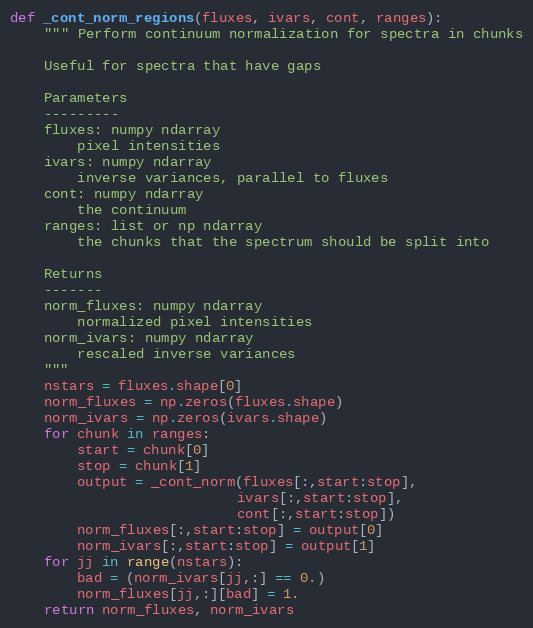
Language: Python
def _cont_norm_regions(fluxes, ivars, cont, ranges):
    """ Perform continuum normalization for spectra in chunks

    Useful for spectra that have gaps

    Parameters
    ---------
    fluxes: numpy ndarray
        pixel intensities
    ivars: numpy ndarray
        inverse variances, parallel to fluxes
    cont: numpy ndarray
        the continuum
    ranges: list or np ndarray
        the chunks that the spectrum should be split into

    Returns
    -------
    norm_fluxes: numpy ndarray
        normalized pixel intensities
    norm_ivars: numpy ndarray
        rescaled inverse variances
    """
    nstars = fluxes.shape[0]
    norm_fluxes = np.zeros(fluxes.shape)
    norm_ivars = np.zeros(ivars.shape)
    for chunk in ranges:
        start = chunk[0]
        stop = chunk[1]
        output = _cont_norm(fluxes[:,start:stop],
                           ivars[:,start:stop],
                           cont[:,start:stop])
        norm_fluxes[:,start:stop] = output[0]
        norm_ivars[:,start:stop] = output[1]
    for jj in range(nstars):
        bad = (norm_ivars[jj,:] == 0.)
        norm_fluxes[jj,:][bad] = 1.
    return norm_fluxes, norm_ivars